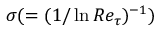
\sigma ( = ( 1 / \ln R e _ { \tau } ) ^ { - 1 } )